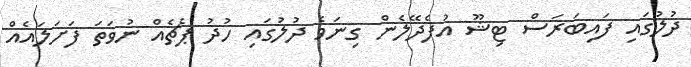
ދުލުގައި ފައިބަރަސް ޓިޝޫ އުފެދޭލެން ގިނަވެ ދުލުގައި ހުދު ޕެޗެއް ނުވަތަ ފަށަލައެއް